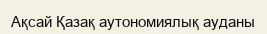
Ақсай Қазақ аутономиялық ауданы